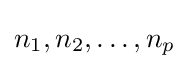
n_{1},n_{2},\dots ,n_{p}